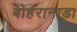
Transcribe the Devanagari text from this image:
बोहरानाडा